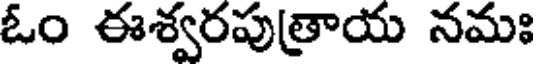
ఓం ఈశ్వరపుత్రాయ నమః